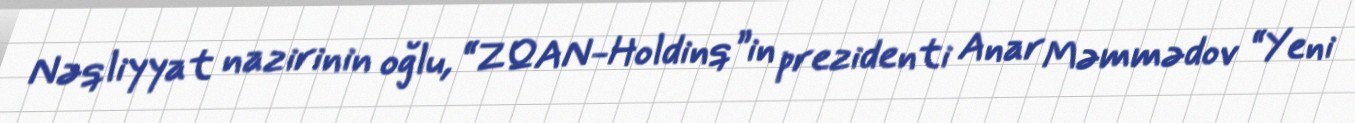
Nəqliyyat nazirinin oğlu, “ZQAN-Holdinq”in prezidenti Anar Məmmədov “Yeni